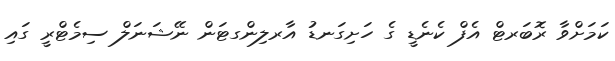
ކަމަށްވާ ރޮބަރޓް އެފް ކެނެޑީ ގެ ހަށިގަނޑު އާރލިންގޓަން ނޭޝަނަލް ސިމެޓްރީ ގައި